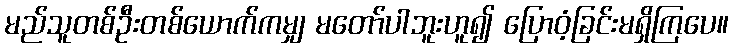
မည်သူတစ်ဦးတစ်ယောက်ကမျှ မတော်ပါဘူးဟူ၍ ပြောဝံ့ခြင်းမရှိကြပေ။